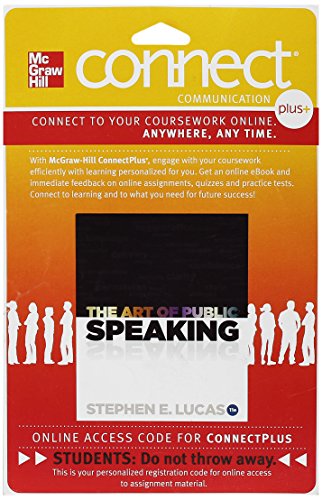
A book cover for Connect Plus Access Card for The Art of Public Speaking, 11 Edition; Stephen Lucas; Reference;